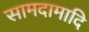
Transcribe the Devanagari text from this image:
सामदामादि